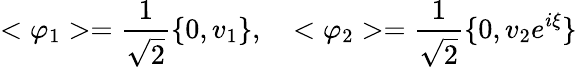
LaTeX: <\varphi_{1}>=\frac{1}{\sqrt{2}}\{ 0,v_{1}\} ,\quad<\varphi_{2}>=\frac{1}{\sqrt{2}}\{ 0,v_{2}e^{i\xi}\}